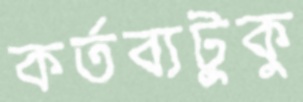
কর্তব্যটুকু